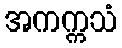
အကက္ကသံ